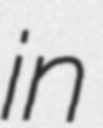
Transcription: in